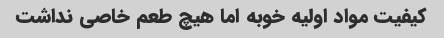
کیفیت مواد اولیه خوبه اما هیچ طعم خاصی نداشت